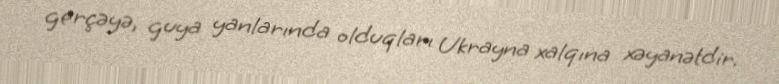
gerçəyə, guya yanlarında olduqları Ukrayna xalqına xəyanətdir.